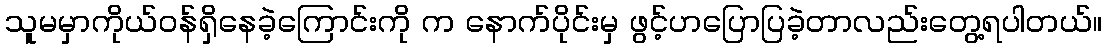
သူမမှာကိုယ်ဝန်ရှိနေခဲ့ကြောင်းကို က နောက်ပိုင်းမှ ဖွင့်ဟပြောပြခဲ့တာလည်းတွေ့ရပါတယ်။